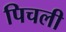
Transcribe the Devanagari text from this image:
पिचली